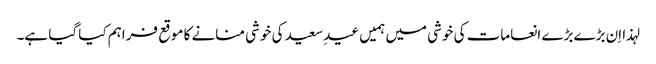
لہذا اِن بڑے بڑے انعامات کی خوشی میں ہمیں عیدِ سعید کی خوشی منانے کا موقع فراہم کیا گیا ہے۔